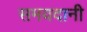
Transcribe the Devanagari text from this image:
समयदानी